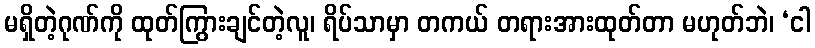
မရှိတဲ့ဂုဏ်ကို ထုတ်ကြွားချင်တဲ့လူ၊ ရိပ်သာမှာ တကယ် တရားအားထုတ်တာ မဟုတ်ဘဲ၊ ‘ငါ